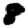
Digit: 8